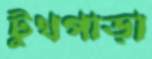
টুথপাড়া